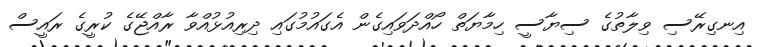
އިނގިރޭސި ވިލާތުގެ ސިޔާސީ ހިމާޔަތް ހޯއްދަވައިގެން އެގައުމުގައި ދިރިއުޅުއްވާ ރާއްޖޭގެ ކުރީގެ ރައީސް